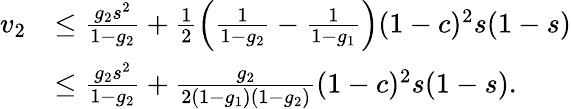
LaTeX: \begin{array}{rl}{v_{2}}&{\leq\frac{g_{2}s^{2}}{1-g_{2}}+\frac{1}{2}\left(\frac{1}{1-g_{2}}-\frac{1}{1-g_{1}}\right)(1-c)^{2}s(1-s)}\\ &{\leq\frac{g_{2}s^{2}}{1-g_{2}}+\frac{g_{2}}{2(1-g_{1})(1-g_{2})}(1-c)^{2}s(1-s).}\end{array}